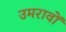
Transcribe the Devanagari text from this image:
उमरावों